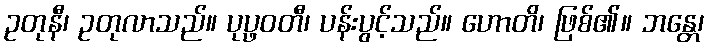
ဥတုနီ၊ ဥတုလာသည်။ ပုပ္ဖဝတီ၊ ပန်းပွင့်သည်။ ဟောတိ၊ ဖြစ်၏။ ဘန္တေ၊